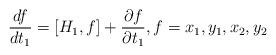
LaTeX: \begin{align*}\frac{df}{dt_{1}}=[H_{1}, f]+\frac{\partial f}{\partial t_{1}},f=x_{1}, y_{1}, x_{2}, y_{2}\end{align*}